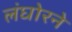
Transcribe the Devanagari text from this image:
लंघोरने